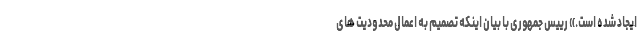
ایجاد شده است.» رییس جمهوری با بیان اینکه تصمیم به اعمال محدودیت های